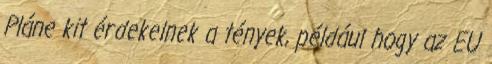
Pláne kit érdekelnek a tények, például hogy az EU